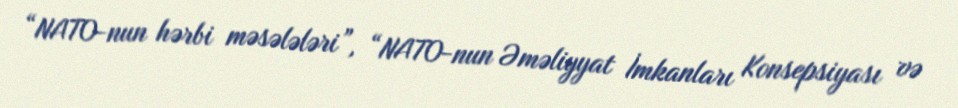
“NATO-nun hərbi məsələləri”, “NATO-nun Əməliyyat İmkanları Konsepsiyası və